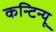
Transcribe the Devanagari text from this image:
कन्टिन्यू